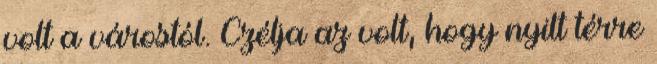
volt a várostól. Czélja az volt, hogy nyilt térre